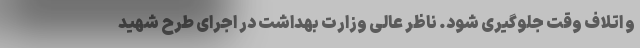
و اتلاف وقت جلوگیری شود. ناظر عالی وزارت بهداشت در اجرای طرح شهید